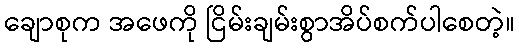
ချောစုက အဖေကို ငြိမ်းချမ်းစွာအိပ်စက်ပါစေတဲ့။